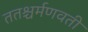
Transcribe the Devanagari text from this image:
ततश्चर्मणवती